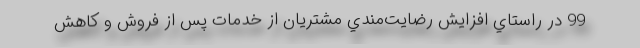
99 در راستاي افزايش رضايت‌مندي مشتريان از خدمات پس از فروش و كاهش